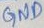
Text: GND